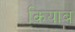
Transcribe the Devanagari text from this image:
कियाब